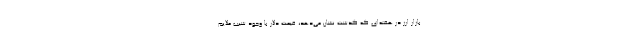
بازار ارز در هفته‌ای که گذشت نشان می‌دهد، قیمت دلار با وجود شیب ملایم